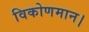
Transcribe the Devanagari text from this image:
विकोणमान।